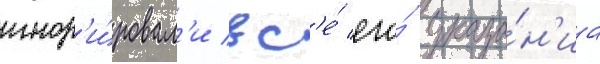
игнор'и́ровал'и вс'е́ его́ указа́н'иа